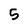
Character: 5